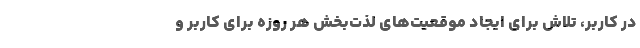
در کاربر، تلاش برای ایجاد موقعیت‌های لذت‌بخش هر روزه برای کاربر و